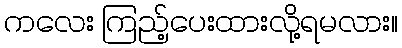
ကလေး ကြည့်ပေးထားလို့ရမလား။